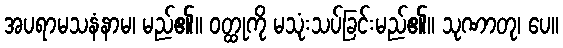
အပရာမသနံနာမ၊ မည်၏။ ဝတ္ထုကို မသုံးသပ်ခြင်းမည်၏။ သုဏာတု၊ ပေ။